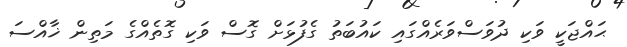
ޙައްޖަކީ ވަކި ދުވަސްވަރެއްގައި ކައުބަތު ގެފުޅަށް ގޮސް ވަކި ގޮތެއްގެ މަތިން ޚާއްސަ